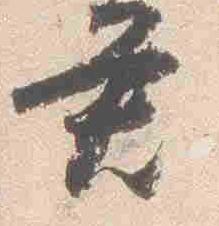
君